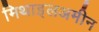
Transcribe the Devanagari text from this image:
मिथाइलअमीन